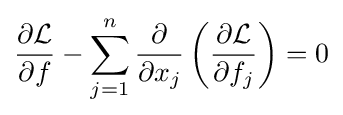
{\frac {\partial {\mathcal {L}}}{\partial f}}-\sum _{j=1}^{n}{\frac {\partial }{\partial x_{j}}}\left({\frac {\partial {\mathcal {L}}}{\partial f_{j}}}\right)=0